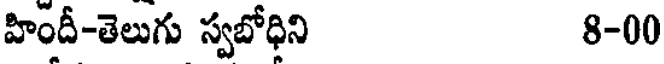
హిందీ-తెలుగు స్వబోధిని 8-00